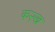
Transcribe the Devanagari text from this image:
क२ख